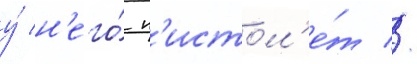
у́ н'его́ п'истол'е́т //